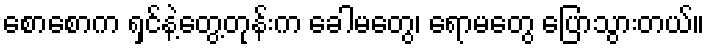
စောစောက ရှင်နဲ့တွေ့တုန်းက ခေါမတွေ၊ ရောမတွေ ပြောသွားတယ်။